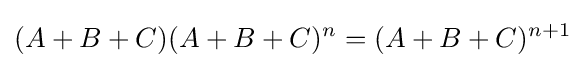
(A+B+C)(A+B+C)^{n}=(A+B+C)^{n+1}